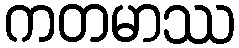
ကတမာဿ